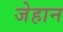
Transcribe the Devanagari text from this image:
जेहान